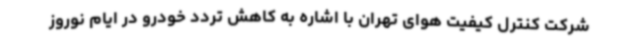
شرکت کنترل کیفیت هوای تهران با اشاره به کاهش تردد خودرو در ایام نوروز